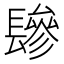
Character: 𰿕